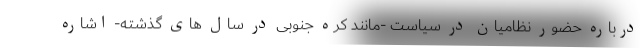
درباره حضور نظامیان در سیاست -مانند کره جنوبی در سال های گذشته- اشاره